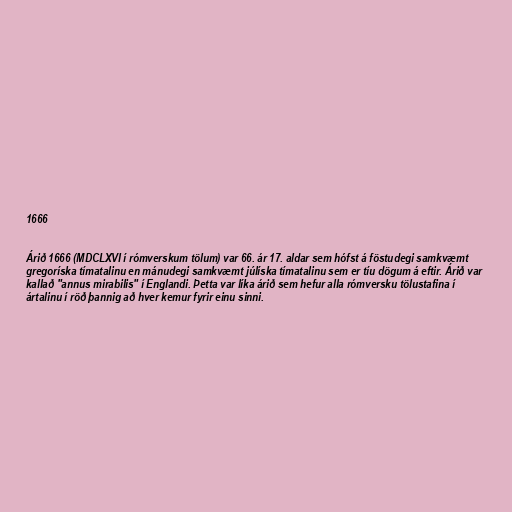
1666

Árið 1666 (MDCLXVI í rómverskum tölum) var 66. ár 17. aldar sem hófst á föstudegi samkvæmt
gregoríska tímatalinu en mánudegi samkvæmt júlíska tímatalinu sem er tíu dögum á eftir. Árið var
kallað "annus mirabilis" í Englandi. Þetta var líka árið sem hefur alla rómversku tölustafina í
ártalinu í röð þannig að hver kemur fyrir einu sinni.